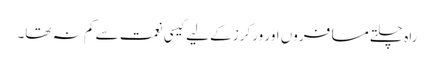
راہ چلتے مسافروں اور ورکرز کے لیے کیسی نعمت سے کم نہ تھا۔